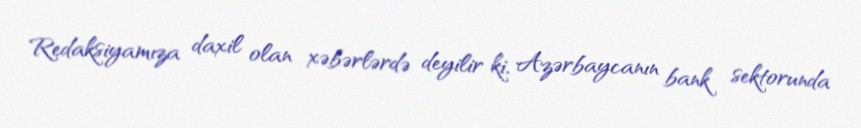
Redaksiyamıza daxil olan xəbərlərdə deyilir ki, Azərbaycanın bank sektorunda